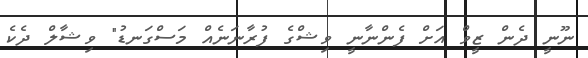
ނޫނީ ދެން ޒީވް އަށް ފެންނާނީ ވިޝްގެ ފުރާނަނެއް މަސްގަނޑު" ވިޝާލް ދެކެ